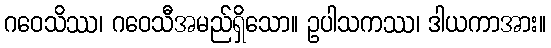
ဂဝေသိဿ၊ ဂဝေသီအမည်ရှိသော။ ဥပါသကဿ၊ ဒါယကာအား။